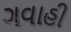
ગવાહી